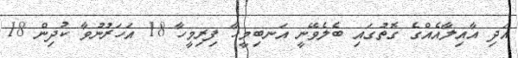
އަދި އާއިލާއެއްގެ ގޮތުގައި ބެލެވޭނީ އަނބިމީހާ ފިރިމީހާ 18 އަހަރުނުވާ ކުދިން 18